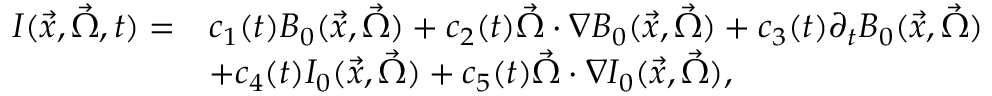
\begin{array} { r l } { I ( \vec { x } , \vec { \Omega } , t ) = } & { c _ { 1 } ( t ) B _ { 0 } ( \vec { x } , \vec { \Omega } ) + c _ { 2 } ( t ) \vec { \Omega } \cdot \nabla B _ { 0 } ( \vec { x } , \vec { \Omega } ) + c _ { 3 } ( t ) \partial _ { t } B _ { 0 } ( \vec { x } , \vec { \Omega } ) } \\ & { + c _ { 4 } ( t ) I _ { 0 } ( \vec { x } , \vec { \Omega } ) + c _ { 5 } ( t ) \vec { \Omega } \cdot \nabla I _ { 0 } ( \vec { x } , \vec { \Omega } ) , } \end{array}